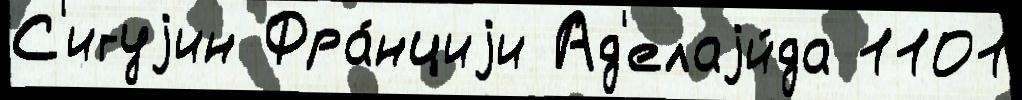
С'игуjин Фра́нциjи Ад'елаjи́да 1101